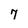
Character: 7